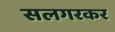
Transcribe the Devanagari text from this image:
सलगरकर